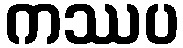
ကဿပ